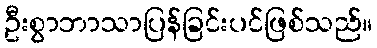
ဦးစွာဘာသာပြန်ခြင်းပင်ဖြစ်သည်။